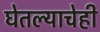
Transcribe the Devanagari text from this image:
घेतल्याचेही